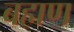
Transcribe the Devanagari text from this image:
बह्मण